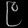
Digit: ၉